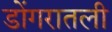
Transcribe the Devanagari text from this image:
डोंगरातली